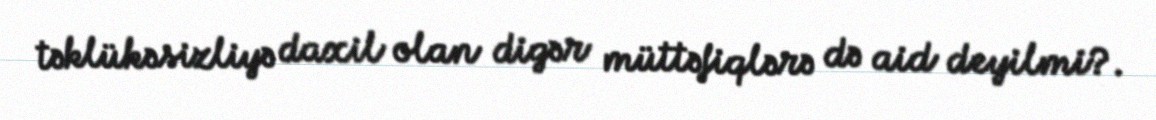
təklükəsizliyə daxil olan digər müttəfiqlərə də aid deyilmi?.